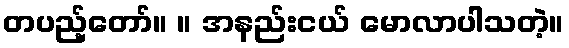
တပည့်တော်။ ။ အနည်းငယ် မောလာပါသတဲ့။